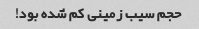
حجم سیب زمینی کم شده بود!